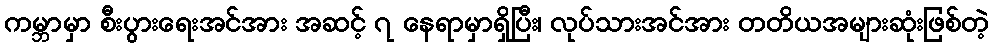
ကမ္ဘာမှာ စီးပွားရေးအင်အား အဆင့် ၇ နေရာမှာရှိပြီး၊ လုပ်သားအင်အား တတိယအများဆုံးဖြစ်တဲ့